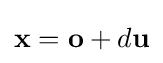
\mathbf {x} =\mathbf {o} +d\mathbf {u}